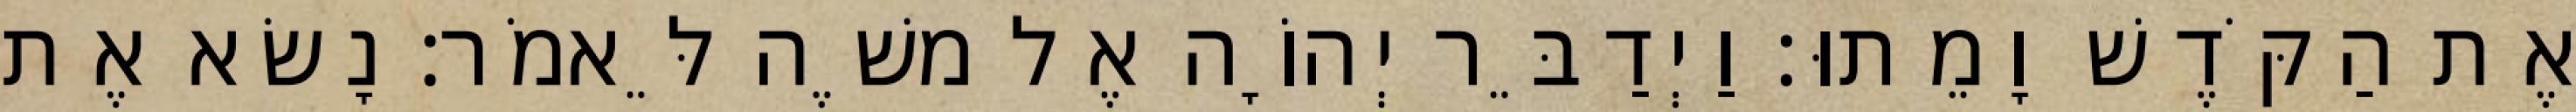
אֶת הַקֹּדֶשׁ וָמֵתוּ׃ וַיְדַבֵּר יְהוָֹה אֶל משֶׁה לֵּאמֹר׃ נָשׂא אֶת